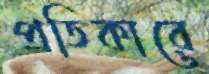
প্রতিকারে